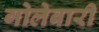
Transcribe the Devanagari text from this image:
गोलेबारी